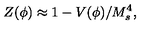
Z ( \phi ) \approx 1 - V ( \phi ) / M _ { s } ^ { 4 } ,